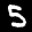
Label: 5